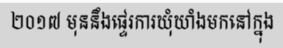
២០១៧ មុននឹងផ្ទេរការឃុំឃាំងមកនៅក្នុង